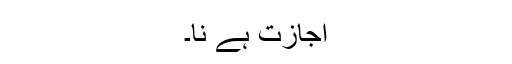
اجازت ہے نا۔